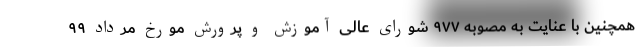
همچنین با عنایت به مصوبه ۹۷۷ شورای عالی آموزش و پرورش مورخ مرداد ۹۹